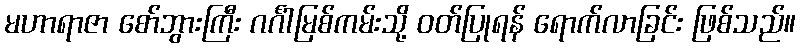
မဟာရာဇာ စော်ဘွားကြီး ဂင်္ဂါမြစ်ကမ်းသို့ ဝတ်ပြုရန် ရောက်လာခြင်း ဖြစ်သည်။